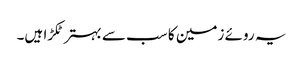
یہ روئے زمین کا سب سے بہتر ٹکڑا ہیں۔